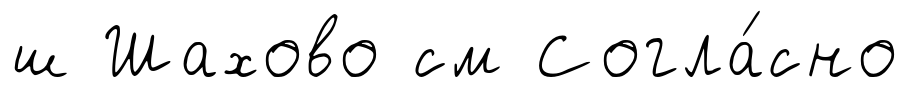
ш Шахово см Согла́сно